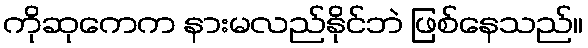
ကိုဆုကေက နားမလည်နိုင်ဘဲ ဖြစ်နေသည်။